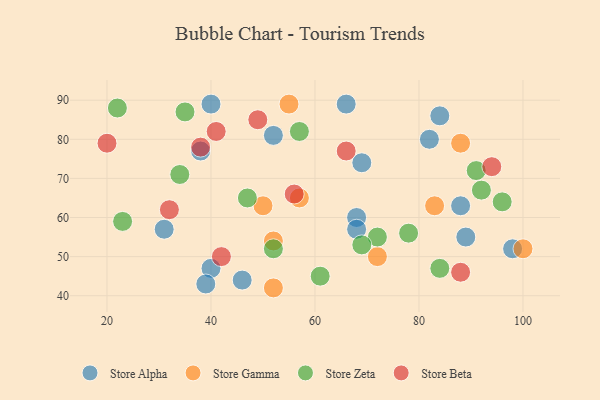
{"axis": {"x": "GDP", "y": "Life Expectancy"}, "legend": ["Store Alpha", "Store Beta", "Store Gamma", "Store Zeta"], "data": [{"x": "68", "y": 60, "type": "Store Alpha"}, {"x": "40", "y": 47, "type": "Store Alpha"}, {"x": "66", "y": 89, "type": "Store Alpha"}, {"x": "38", "y": 77, "type": "Store Alpha"}, {"x": "46", "y": 44, "type": "Store Alpha"}, {"x": "98", "y": 52, "type": "Store Alpha"}, {"x": "52", "y": 81, "type": "Store Alpha"}, {"x": "82", "y": 80, "type": "Store Alpha"}, {"x": "84", "y": 86, "type": "Store Alpha"}, {"x": "31", "y": 57, "type": "Store Alpha"}, {"x": "68", "y": 57, "type": "Store Alpha"}, {"x": "89", "y": 55, "type": "Store Alpha"}, {"x": "39", "y": 43, "type": "Store Alpha"}, {"x": "88", "y": 63, "type": "Store Alpha"}, {"x": "69", "y": 74, "type": "Store Alpha"}, {"x": "40", "y": 89, "type": "Store Alpha"}, {"x": "52", "y": 54, "type": "Store Gamma"}, {"x": "55", "y": 89, "type": "Store Gamma"}, {"x": "50", "y": 63, "type": "Store Gamma"}, {"x": "88", "y": 79, "type": "Store Gamma"}, {"x": "83", "y": 63, "type": "Store Gamma"}, {"x": "57", "y": 65, "type": "Store Gamma"}, {"x": "72", "y": 50, "type": "Store Gamma"}, {"x": "52", "y": 42, "type": "Store Gamma"}, {"x": "100", "y": 52, "type": "Store Gamma"}, {"x": "57", "y": 82, "type": "Store Zeta"}, {"x": "72", "y": 55, "type": "Store Zeta"}, {"x": "84", "y": 47, "type": "Store Zeta"}, {"x": "34", "y": 71, "type": "Store Zeta"}, {"x": "78", "y": 56, "type": "Store Zeta"}, {"x": "96", "y": 64, "type": "Store Zeta"}, {"x": "52", "y": 52, "type": "Store Zeta"}, {"x": "92", "y": 67, "type": "Store Zeta"}, {"x": "91", "y": 72, "type": "Store Zeta"}, {"x": "23", "y": 59, "type": "Store Zeta"}, {"x": "61", "y": 45, "type": "Store Zeta"}, {"x": "22", "y": 88, "type": "Store Zeta"}, {"x": "47", "y": 65, "type": "Store Zeta"}, {"x": "35", "y": 87, "type": "Store Zeta"}, {"x": "69", "y": 53, "type": "Store Zeta"}, {"x": "32", "y": 62, "type": "Store Beta"}, {"x": "38", "y": 78, "type": "Store Beta"}, {"x": "94", "y": 73, "type": "Store Beta"}, {"x": "88", "y": 46, "type": "Store Beta"}, {"x": "42", "y": 50, "type": "Store Beta"}, {"x": "66", "y": 77, "type": "Store Beta"}, {"x": "56", "y": 66, "type": "Store Beta"}, {"x": "49", "y": 85, "type": "Store Beta"}, {"x": "20", "y": 79, "type": "Store Beta"}, {"x": "41", "y": 82, "type": "Store Beta"}]}